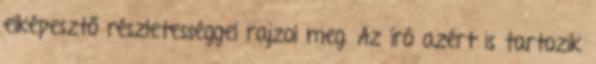
elképesztő részletességgel rajzol meg. Az író azért is tartozik